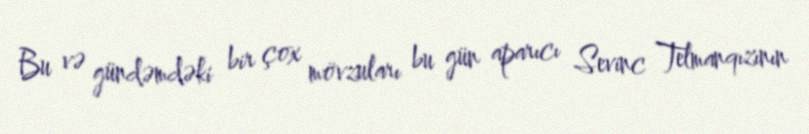
Bu və gündəmdəki bir çox mövzuları bu gün aparıcı Sevinc Telmanqızının